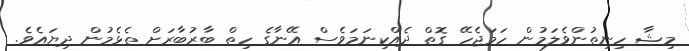
މިޝާ ހިނިތުންވެލަމުން ހަމަޖެހޭ ގޮތް ދެއްކިނަމަވެސް އޭނާގެ ހިތް ބާރުބާރަށް ތެޅެމުން ދިޔައެވެ.